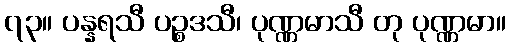
၇၃။ ပန္နရသီ ပဉ္စဒသီ၊ ပုဏ္ဏမာသီ တု ပုဏ္ဏမာ။